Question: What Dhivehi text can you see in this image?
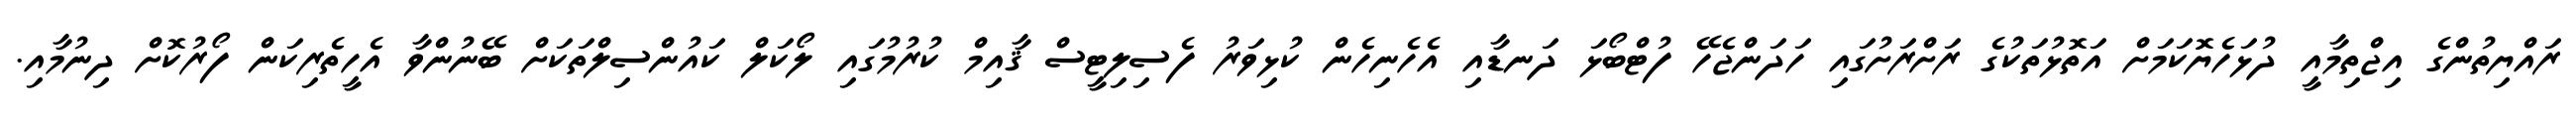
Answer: ރައްޔިތުންގެ އިޖްތިމާއީ ދުޅަހެޔޮކަމަށް އަތޮޅުތަކުގެ ރަށްރަށުގައި ހަދަންޖެހޭ ފުޓްބޯޅަ ދަނޑާއި އެހެނިހެން ކުޅިވަރު ފެސިލިޓީސް ޤާއިމް ކުރުމުގައި ލޯކަލް ކައުންސިލްތަކަށް ބޭނުންވާ އެހީތެރިކަން ފޯރުކޮށް ދިނުމާއި.